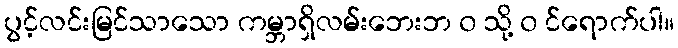
ပွင့်လင်းမြင်သာသော ကမ္ဘာရှိလမ်းဘေးဘ ၀ သို့ ၀ င်ရောက်ပါ။